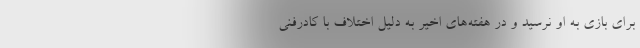
برای بازی به او نرسید و در هفته‌های اخیر به دلیل اختلاف با کادرفنی